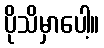
ပိုသိမှာပေါ့။